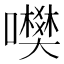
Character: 𡃎